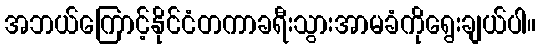
အဘယ်ကြောင့်နိုင်ငံတကာခရီးသွားအာမခံကိုရွေးချယ်ပါ။